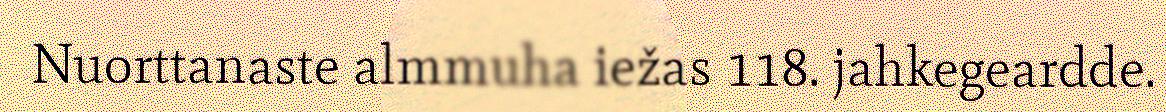
Nuorttanaste almmuha iežas 118. jahkegeardde.